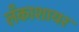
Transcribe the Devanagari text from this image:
लँकाशायर